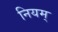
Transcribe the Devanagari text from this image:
नियम्